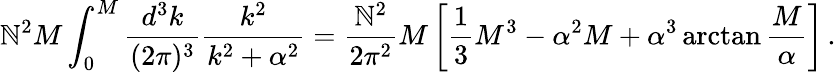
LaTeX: \mathbb{N}^{2}M\int_{0}^{M}{\frac{{d^{3}k}}{{(2\pi)^{3}}}}{\frac{{k^{2}}}{{k^{2}+\alpha^{2}}}}={\frac{{\mathbb{N}^{2}}}{{2\pi^{2}}}}M\left[{\frac{{1}}{{3}}}M^{3}-\alpha^{2}M+\alpha^{3}\arctan{\frac{{M}}{{\alpha}}}\right]\, .